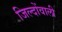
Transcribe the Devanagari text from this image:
जिल्दोंवाली